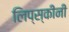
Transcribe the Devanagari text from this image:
लिप्स्कीनी